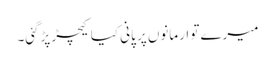
میرے تو ارمانوں پر پانی کیا کیچڑ پڑگئی۔